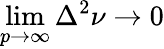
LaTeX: \operatorname*{lim}_{p\rightarrow\infty}\Delta^{2}\nu\rightarrow 0